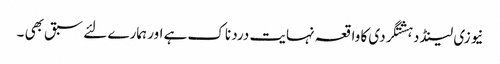
نیوزی لینڈ دہشتگردی کا واقعہ نہایت درد ناک ہے اور ہمارے لئے سبق بھی ۔